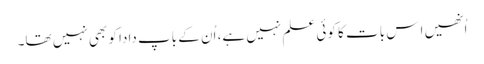
اُنھیں اِس بات کا کوئی علم نہیں ہے، اُن کے باپ دادا کو بھی نہیں تھا۔